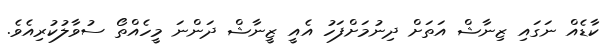
ކާޑެއް ނަގައި ޒިނާޝް އަތަށް ދިނުމަށްފަހު އެއީ ޒީނާޝް ދަންނަ މީހެއްތޯ ސުވާލުކުރިއެވެ.